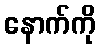
နောက်ကို